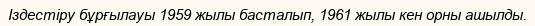
Іздестіру бұрғылауы 1959 жылы басталып, 1961 жылы кен орны ашылды.